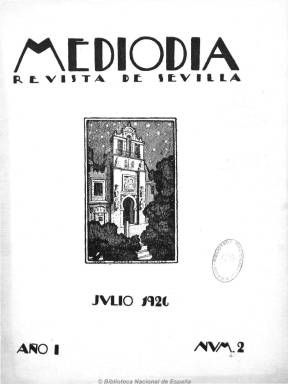
Título: Mediodía (Sevilla)
Colección: Literatura
Ámbito geográfico: Sevilla
Lugar de publicación: Sevilla
Fechas: 01/07/1926-28/02/1929

Una de las revistas literarias y poéticas adscritas al ‘27’, aunque al frente de la misma estuvo un grupo sevillano sin gran significación en esta generación, y de la que se ha dicho que su mayor defecto es una “cierta pedantería provinciana”. Su pretensión fue la de ofrecer una poesía en “estado puro” y su eclecticismo en una época de grandes posicionamientos ideológicos y político ofreció un coletazo faccioso en su tercera época, al final de la guerra civil.

De periodicidad mensual, con un diseño tipográfico modernista y entre 28 y 36 páginas cada número, pretendió estar alejada de las vanguardias, fue ilustrada e incluyó anuncios publicitarios. Junto a las composiciones poéticas, sus páginas recogieron artículos de crítica literaria y artística e, incluso, de carácter local.

Fue dirigida por Eduardo Llosent y Marañón y su consejo rector estuvo integrado por Joaquín Romero Murube, como redactor jefe; Rafael Porlán, como secretario, y Alejandro Collantes de Terán, como administrador, que fallecería en 1933 a la edad de 32 años.

Sus principales colaboradores fueron José Bergamín, Benjamín Jarnés y Jorge Guillén. También participan Adriano del Valle, Fernando Villalón, José María Cossío, Antonio Espina, Juan Ramón Jiménez, Antonio Marichalar, Eugenio D’Ors, Rafael Porlán, José María Quiroga Plá, Antonio Machado, y en menor medida, Rafael Alberti, Vicente Aleixandre, Manuel Altolaguirre, Luis Cernuda, Gerardo Diego y Federico García Lorca, entre otros. Como editores parecen los impresores Mejías y Susillo.

Tuvo tres épocas. De 1926 a 1929 editó catorce números; en 1933, dos, y en 1939, tres números. La colección incompleta de la Biblioteca Nacional corresponde a la primera época, de la que existe una edición completa en facsímil publicada en 1999. Un año después fue analizada en una monografía publicada por Danièle Musacchio.